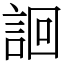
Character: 䛛